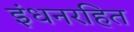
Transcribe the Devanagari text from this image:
इंधनरहित